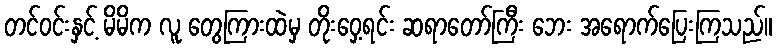
တင်ဝင်းနှင့် မိမိက လူ တွေကြားထဲမှ တိုးဝှေ့ရင်း ဆရာတော်ကြီး ဘေး အရောက်ပြေးကြသည်။